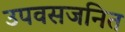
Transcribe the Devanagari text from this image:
उपवसजनित